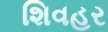
શિવહર